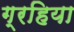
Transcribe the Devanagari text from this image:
ग्रहिया